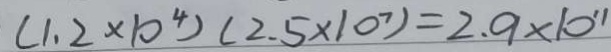
( 1 . 2 \times 1 0 ^ { 4 } ) ( 2 . 5 \times 1 0 ^ { 7 } ) = 2 . 9 \times 1 0 ^ { 1 1 }